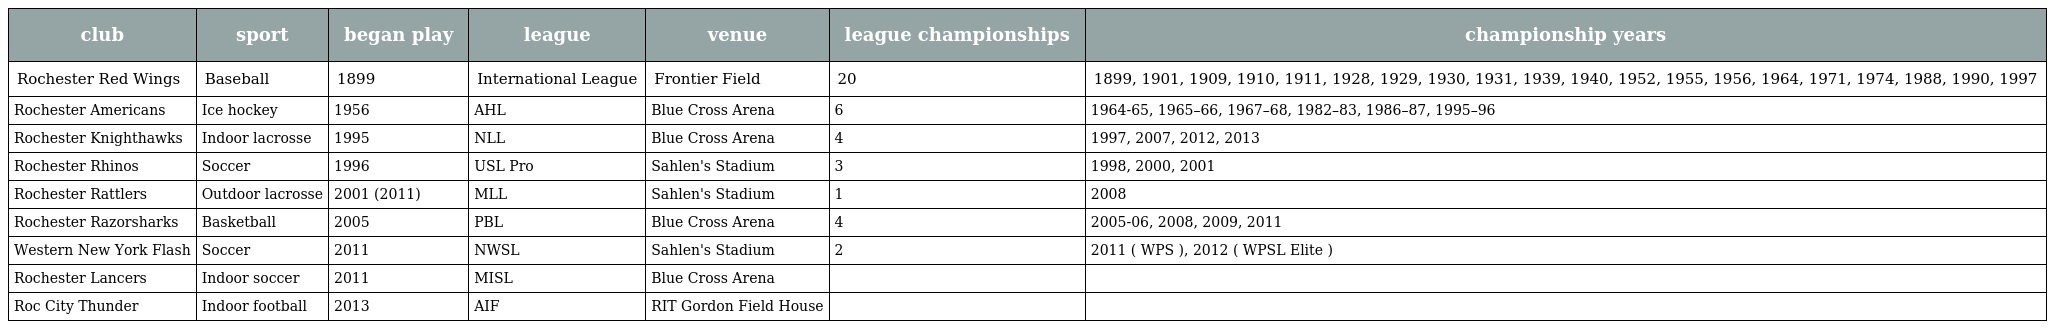
| club | sport | began play | league | venue | league championships | championship years |
 | --- | --- | --- | --- | --- | --- | --- |
 | Rochester Red Wings | Baseball | 1899 | International League | Frontier Field | 20 | 1899, 1901, 1909, 1910, 1911, 1928, 1929, 1930, 1931, 1939, 1940, 1952, 1955, 1956, 1964, 1971, 1974, 1988, 1990, 1997 |
 | Rochester Americans | Ice hockey | 1956 | AHL | Blue Cross Arena | 6 | 1964-65, 1965–66, 1967–68, 1982–83, 1986–87, 1995–96 |
 | Rochester Knighthawks | Indoor lacrosse | 1995 | NLL | Blue Cross Arena | 4 | 1997, 2007, 2012, 2013 |
 | Rochester Rhinos | Soccer | 1996 | USL Pro | Sahlen's Stadium | 3 | 1998, 2000, 2001 |
 | Rochester Rattlers | Outdoor lacrosse | 2001 (2011) | MLL | Sahlen's Stadium | 1 | 2008 |
 | Rochester Razorsharks | Basketball | 2005 | PBL | Blue Cross Arena | 4 | 2005-06, 2008, 2009, 2011 |
 | Western New York Flash | Soccer | 2011 | NWSL | Sahlen's Stadium | 2 | 2011 ( WPS ), 2012 ( WPSL Elite ) |
 | Rochester Lancers | Indoor soccer | 2011 | MISL | Blue Cross Arena |  |  |
 | Roc City Thunder | Indoor football | 2013 | AIF | RIT Gordon Field House |  |  |